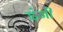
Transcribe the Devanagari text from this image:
इंजी